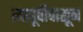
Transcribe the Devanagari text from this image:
त्यापूर्वीपासून